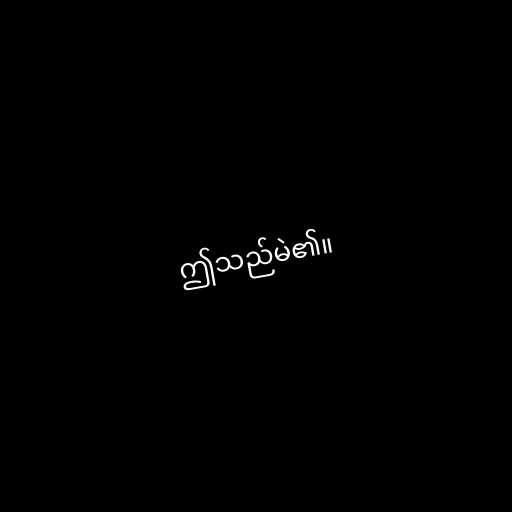
ဤသည်မဲ၏။